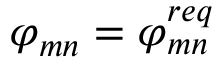
\varphi _ { m n } = \varphi _ { m n } ^ { r e q }